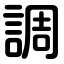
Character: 調